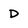
Character: D